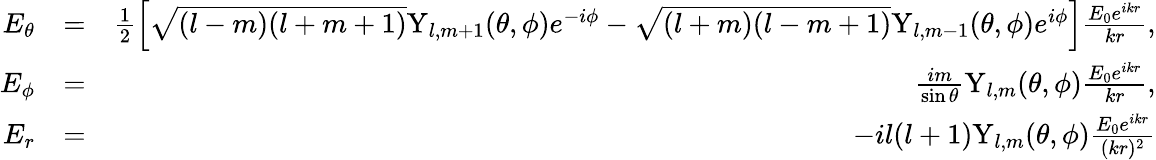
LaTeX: \begin{array}{rlr}{E_{\theta}}&{=}&{\frac{1}{2}\Big[\sqrt{(l-m)(l+m+1)}\mathrm{Y}_{l,m+1}(\theta,\phi)e^{-i\phi}-\sqrt{(l+m)(l-m+1)}\mathrm{Y}_{l,m-1}(\theta,\phi)e^{i\phi}\Big]\frac{E_{0}e^{ikr}}{kr},}\\ {E_{\phi}}&{=}&{\frac{im}{\sin\theta}\mathrm{Y}_{l,m}(\theta,\phi)\frac{E_{0}e^{ikr}}{kr},}\\ {E_{r}}&{=}&{-il(l+1)\mathrm{Y}_{l,m}(\theta,\phi)\frac{E_{0}e^{ikr}}{(kr)^{2}}}\end{array}